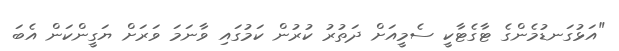
"އަޅުގަނޑުމެންގެ ޓާގެޓާކީ ސެމީއަށް ދަތުރު ކުރުން ކަމުގައި ވާނަމަ ވަރަށް ޔަގީންކަން އެބަ